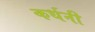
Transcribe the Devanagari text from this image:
कर्धनी